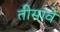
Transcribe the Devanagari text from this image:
तीसावे